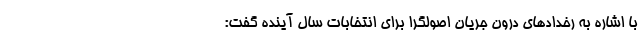
با اشاره به رخدادهای درون جریان اصولگرا برای انتخابات سال آینده گفت: